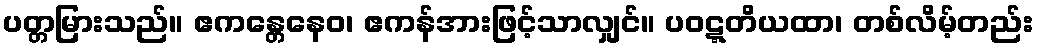
ပတ္တမြားသည်။ ဧကန္တေနေဝ၊ ဧကန်အားဖြင့်သာလျှင်။ ပဝဋ္ဋတိယထာ၊ တစ်လိမ့်တည်း